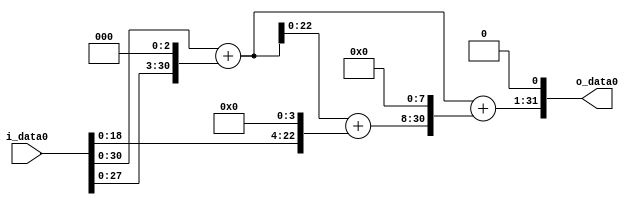
module multiplier_block_123 (
    i_data0,
    o_data0
);
  input   [31:0] i_data0;
  output  [31:0]
    o_data0;
  wire [31:0]
    w1,
    w8,
    w9,
    w16,
    w25,
    w6400,
    w6409,
    w12818;
  assign w1 = i_data0;
  assign w12818 = w6409 << 1;
  assign w16 = w1 << 4;
  assign w25 = w9 + w16;
  assign w6400 = w25 << 8;
  assign w6409 = w9 + w6400;
  assign w8 = w1 << 3;
  assign w9 = w1 + w8;
  assign o_data0 = w12818;
endmodule